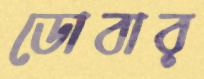
ডোবার